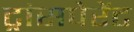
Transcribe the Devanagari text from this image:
ट्रांसपेरेंट